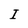
Character: I